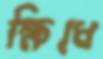
ক্ষিধে